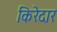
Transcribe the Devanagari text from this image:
किरेदार